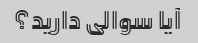
آیا سوالی دارید؟